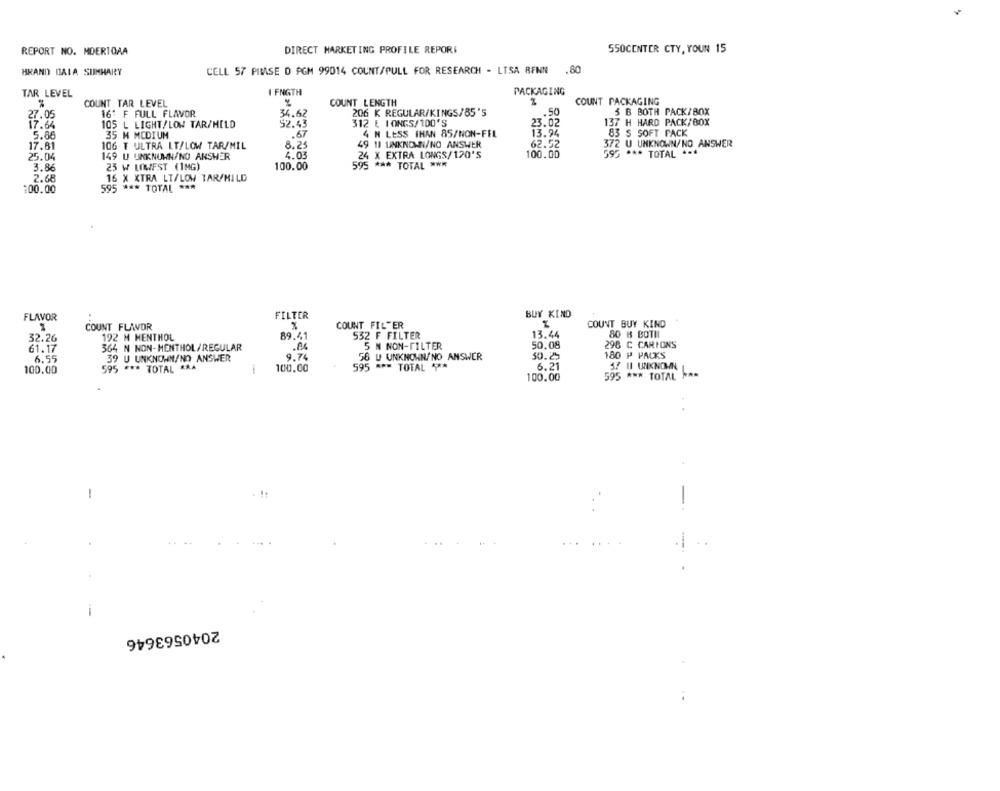
REPORT NO. MDER10AA
DIRECT MARKETING PROFILE REPORI
550CENTER CTY, YOUN 15
BRAND DALA SUMHARY
CELL 57 PIMSE O PGM 99014 COUNT/PULL FOR RESEARCH - LISA BENN .80
TAR LEVEL
I FNGTH
PACKAGING
COUNT TAR LEVEL
%
COUNT LENGTH
COUNT PACKAGING
34.62
206 K REGULAR/KINGS/85'S
.50
5 B BOTH PACK/BOX
27.05
16' F FULL FLAVOR
17.64
105 L LIGHT/LOW TAR/MILD
52.43
312 E IONGS/100'S
23.02
137 H HARD PACK/BOX
5.88
35 M MEDIUM
.67
4 N LESS THAN 85/NON-FEL
13.94
83 S SOFT PACK
372 U UNKNOWN/NO ANSWER
17.81
106 T ULTRA LT/LOW TAR/MIL
8.25
49 11 UNKNOWN/NO ANSWER
62.52
25.04
149 U UNKNOWN/NO ANSWER
4.03
24 X EXTRA LONGS/120'S
100.00
595 *** TOTAL ***
3.86
25 W LOWFST (1MG)
100.00
595 *** TOTAL ***
2.68
16 X XTRA LT/LOW TAR/HILD
:00.00
595 *** TOTAL ***
FLAVOR
FILTER
BUY KIND
COUNT FILTER
COUNT BUY KIND
COUNT FLWOR
80 B BOTH
32.26
192 M MENTHOL
89.41
532 F FILTER
13.44
61.17
364 N NON-MENTHOL/REGULAR
5 N NON-FILTER
50,08
298 C CARIONS
39 U UNKNOWN/NO ANSWER
9.74
56 U UNKNOWN/NO ANSWER
30.25
180 P PACKS
6.55
57 U UNKNOWN
100.00
595 *** TOTAL *AA
100.00
595 *** TOTAL ***
6.21
100.00
595 *** TOTAL ***
-
-.
-
2040563646